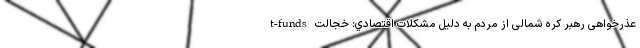
t-funds عذرخواهی رهبر کره شمالی از مردم به دلیل مشکلات اقتصادي: خجالت